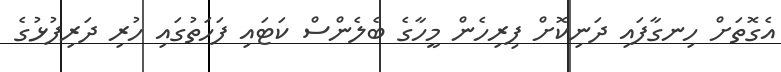
އެގޮތަށް ހިނގާފައި ދަނިކޮށް ފިރިހެން މީހާގެ ބެލެންސް ކަޓައި ފަހަތުގައި ހުރި ދަރިފުޅުގެ